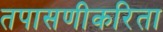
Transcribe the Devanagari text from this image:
तपासणीकरिता